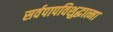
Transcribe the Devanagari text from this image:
सर्वपापविशुद्धात्मा